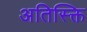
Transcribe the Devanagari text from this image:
अतिस्क्ति